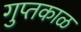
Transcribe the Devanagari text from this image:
गुप्तकाळ